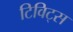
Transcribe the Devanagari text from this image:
टिविट्स